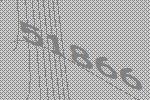
51866